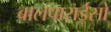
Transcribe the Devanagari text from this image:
बालपाराईसो